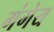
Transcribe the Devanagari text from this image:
गंगेय